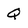
Character: Q